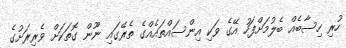
ހުރި ހިސާބެއް ބެލުމަށްފަހު އޭގެ ވަކި އިންސައްތައެއްގެ ތެރޭގައި ނޫން ގޮތަކަށް ވެރިރަށުގެ